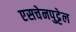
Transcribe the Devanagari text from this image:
एसचेनपुट्टेल